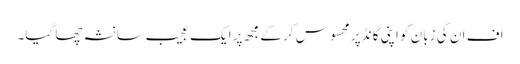
اف ان کی زبان کو اپنی گانڈ پر محسوس کر کے مجھ پر ایک عجیب سا نشہ چھا گیا۔